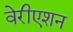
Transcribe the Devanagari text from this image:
वेरीएशन